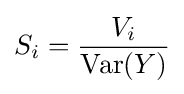
S_{i}={\frac {V_{i}}{\operatorname {Var} (Y)}}